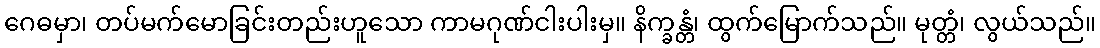
ဂေဓမှာ၊ တပ်မက်မောခြင်းတည်းဟူသော ကာမဂုဏ်ငါးပါးမှ။ နိက္ခန္တံ၊ ထွက်မြောက်သည်။ မုတ္တံ၊ လွယ်သည်။